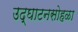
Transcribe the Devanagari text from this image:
उद्‌घाटनसोहळा